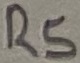
Text: R5